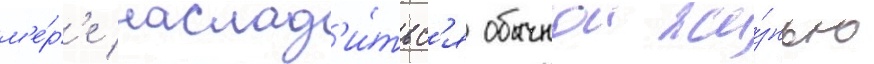
м'е́р'е наслад'и́тьс'я обычнои жи́знью